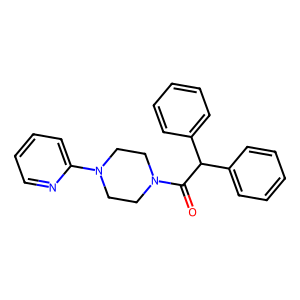
SMILES: O=C(C(c1ccccc1)c1ccccc1)N1CCN(c2ccccn2)CC1
Inhibits HIV replication: No